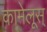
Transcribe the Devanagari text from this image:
कामेलूस्